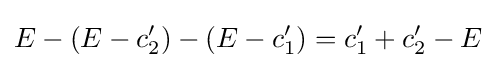
E-(E-c_{2}')-(E-c_{1}')=c_{1}'+c_{2}'-E